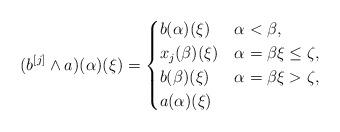
LaTeX: \begin{align*} (b^{[j]} \wedge a)(\alpha)(\xi)=\begin{cases} b(\alpha)(\xi) & \alpha<\beta,\\ x_j(\beta)(\xi) & \alpha=\beta\xi\le \zeta,\\ b(\beta)(\xi) & \alpha=\beta\xi> \zeta,\\ a(\alpha)(\xi)& \end{cases} \end{align*}